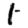
Digit: 1